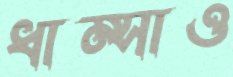
ধাম্‌সাও